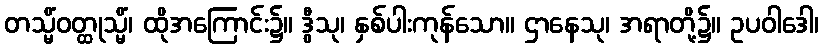
တသ္မိံဝတ္ထုသ္မိံ၊ ထိုအကြောင်း၌။ ဒွီသု၊ နှစ်ပါးကုန်သော။ ဌာနေသု၊ အရာတို့၌။ ဥပဝါဒေါ၊